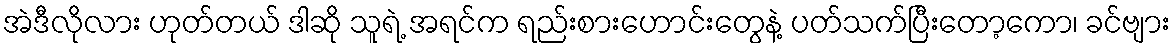
အဲဒီလိုလား ဟုတ်တယ် ဒါဆို သူရဲ့ အရင်က ရည်းစားဟောင်းတွေနဲ့ ပတ်သက်ပြီးတော့ကော၊ ခင်ဗျား